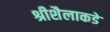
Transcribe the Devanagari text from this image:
श्रीशैलाकडे